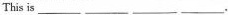
This is___ ___ ___ ___.